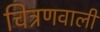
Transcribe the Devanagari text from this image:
चित्रणवाली